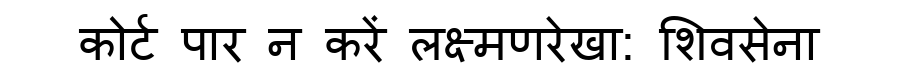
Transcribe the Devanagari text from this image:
कोर्ट पार न करें लक्ष्मणरेखा: शिवसेना